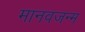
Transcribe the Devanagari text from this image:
मानवजन्म